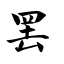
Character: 罢